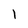
Character: 1